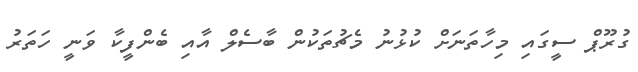
ގުރޫޕް ސީގައި މިހާތަނަށް ކުޅުނު މެޗުތަކުން ބާސެލް އާއި ބެންފީކާ ވަނީ ހަތަރު